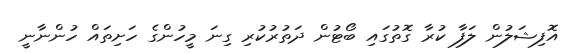
އޮފިޝަލުން ލަފާ ކުރާ ގޮތުގައި ބޯޓުން ދަތުރުކުރި ގިނަ މީހުންގެ ހަށިތައް ހުންނާނީ